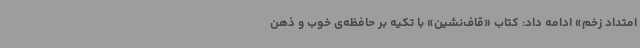
امتداد زخم» ادامه داد: کتاب «قاف‌نشین» با تکیه بر حافظه‌ی خوب و ذهن